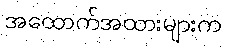
အထောက်အထားများက